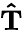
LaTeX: \mathbf{\hat{T}}